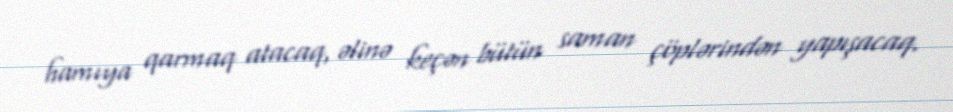
hamıya qarmaq atacaq, əlinə keçən bütün saman çöplərindən yapışacaq.